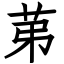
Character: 苐